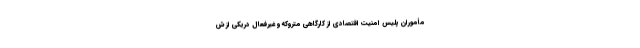
مأموران پلیس امنیت اقتصادی از کارگاهی متروکه و غیرفعال دریکی از ش